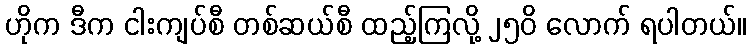
ဟိုက ဒီက ငါးကျပ်စီ တစ်ဆယ်စီ ထည့်ကြလို့ ၂၅၀ိ လောက် ရပါတယ်။